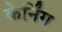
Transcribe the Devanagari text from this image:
केर्निंग